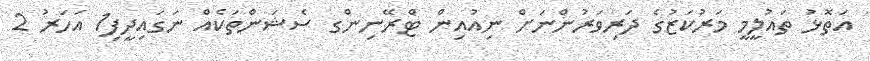
އަތޮޅު ތައުލީމީ މަރުކަޒުގެ ދަރިވަރުންނަށް ނިއުއިން ޓްރޭނިންގ ސެޝަންތަކެއް ނަގައިދީފި1 އަހަރު 2